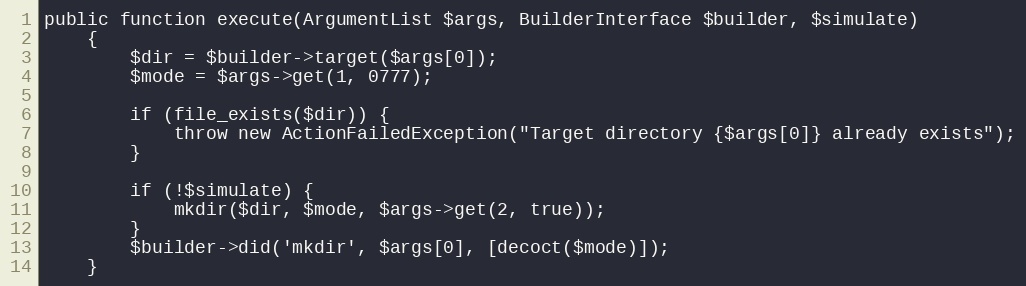
Language: PHP
public function execute(ArgumentList $args, BuilderInterface $builder, $simulate)
    {
        $dir = $builder->target($args[0]);
        $mode = $args->get(1, 0777);

        if (file_exists($dir)) {
            throw new ActionFailedException("Target directory {$args[0]} already exists");
        }

        if (!$simulate) {
            mkdir($dir, $mode, $args->get(2, true));
        }
        $builder->did('mkdir', $args[0], [decoct($mode)]);
    }